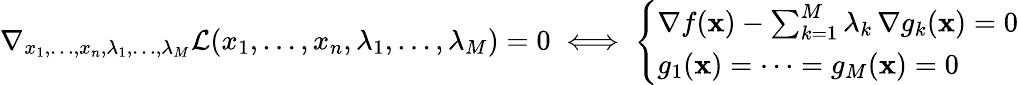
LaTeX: \nabla_{x_{1},\ldots,x_{n},\lambda_{1},\ldots,\lambda_{M}}{\mathcal{L}}(x_{1},\ldots,x_{n},\lambda_{1},\ldots,\lambda_{M})=0\iff{\left\{ \begin{array}{ll}{\nabla f(\mathbf{x})-\sum_{k=1}^{M}{\lambda_{k}\, \nabla g_{k}(\mathbf{x})}=0}\\ {g_{1}(\mathbf{x})=\cdots=g_{M}(\mathbf{x})=0}\end{array}\right.}